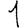
Digit: 1